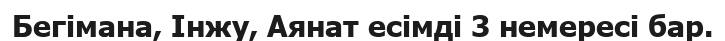
Бегімана, Інжу, Аянат есімді 3 немересі бар.